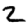
Digit: 2